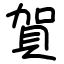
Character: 賀